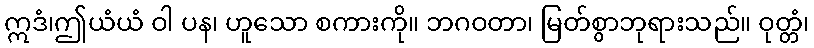
ဣဒံ၊ဤယံယံ ဝါ ပန၊ ဟူသော စကားကို။ ဘဂဝတာ၊ မြတ်စွာဘုရားသည်။ ဝုတ္တံ၊